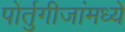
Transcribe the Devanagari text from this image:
पोर्तुगीजांमध्ये